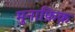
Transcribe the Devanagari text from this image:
मुनाफ़िक़